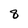
Character: 8